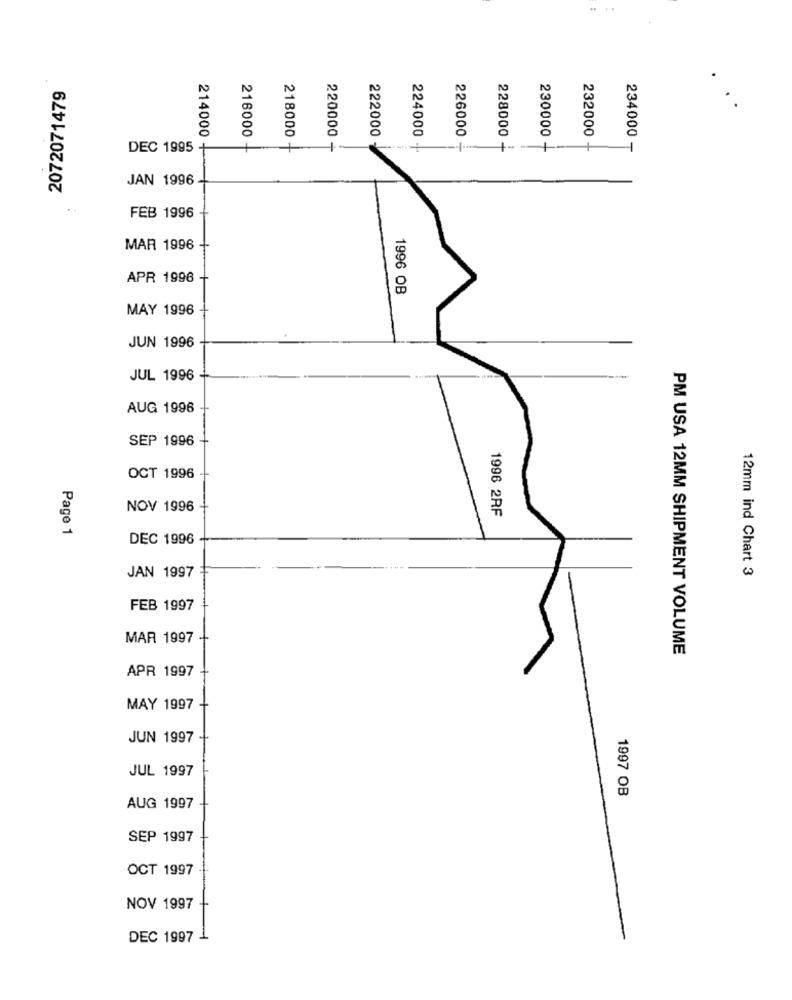
2072071479
222000
226000
232000
214000
216000
218000
220000
224000 -
228000
230000 -
234000 -
DEC 1995
--
JAN 1996
. .
FEB 1996
MAR 1996
APR 1996
1996 OB
MAY 1996
JUN 1996
JUL 1996
AUG 1996
SEP 1996
OCT 1996
NOV 1996
1996 2RF
Page 1
DEC 1996
JAN 1997
12mm ind Chart 3
FEB 1997
MAR 1997
PM USA 12MM SHIPMENT VOLUME
APR 1997
MAY 1997
JUN 1997
JUL 1997
1997 OB
AUG 1997
SEP 1997
OCT 1997
NOV 1997
DEC 1997 -